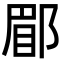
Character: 郿